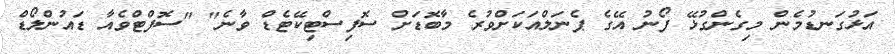
އަޅުގަނޑުމެން މިގެންގުޅޭ ފޯނު އޭގެ ޕެނަލްއަކަށްވުރެ މާބޮޑަށް ސޮފިސްޓިކޭޓެޑް ވާނެ" "ސޮފްޓްވެއާ ޑައުންލޯޑް